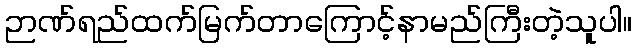
ဉာဏ်ရည်ထက်မြက်တာကြောင့်နာမည်ကြီးတဲ့သူပါ။